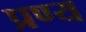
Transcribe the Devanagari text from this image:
प्रण्य